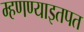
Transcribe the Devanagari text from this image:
म्हणण्याइतपत